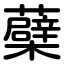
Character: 蘗